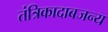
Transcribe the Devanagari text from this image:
तंत्रिकादाबजन्य